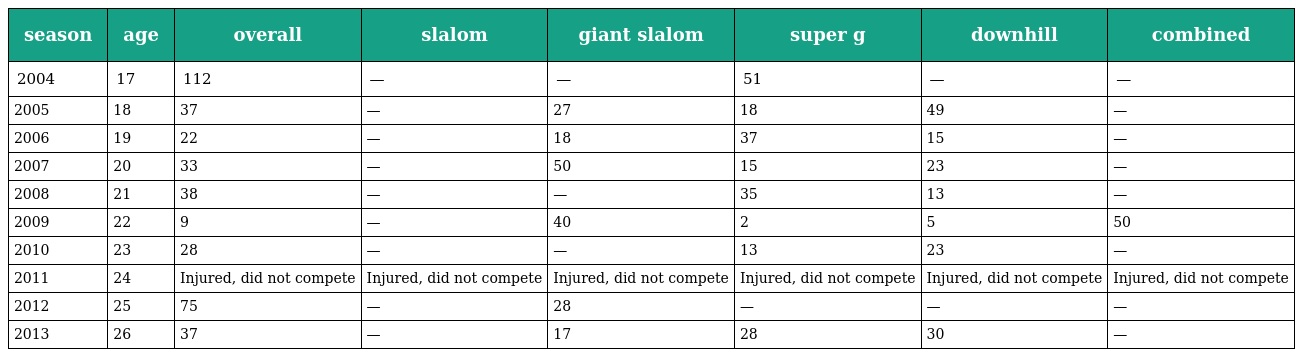
| season | age | overall | slalom | giant slalom | super g | downhill | combined |
 | --- | --- | --- | --- | --- | --- | --- | --- |
 | 2004 | 17 | 112 | — | — | 51 | — | — |
 | 2005 | 18 | 37 | — | 27 | 18 | 49 | — |
 | 2006 | 19 | 22 | — | 18 | 37 | 15 | — |
 | 2007 | 20 | 33 | — | 50 | 15 | 23 | — |
 | 2008 | 21 | 38 | — | — | 35 | 13 | — |
 | 2009 | 22 | 9 | — | 40 | 2 | 5 | 50 |
 | 2010 | 23 | 28 | — | — | 13 | 23 | — |
 | 2011 | 24 | Injured, did not compete | Injured, did not compete | Injured, did not compete | Injured, did not compete | Injured, did not compete | Injured, did not compete |
 | 2012 | 25 | 75 | — | 28 | — | — | — |
 | 2013 | 26 | 37 | — | 17 | 28 | 30 | — |